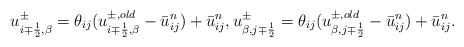
LaTeX: \begin{align*}u_{i\mp\frac{1}{2},\beta}^{\pm}=\theta_{ij}(u_{i\mp\frac{1}{2},\beta}^{\pm,old}-\bar{u}_{ij}^n)+\bar{u}_{ij}^n, u_{\beta,j\mp\frac{1}{2}}^{\pm}=\theta_{ij}(u_{\beta,j\mp\frac{1}{2}}^{\pm,old}-\bar{u}_{ij}^n)+\bar{u}_{ij}^n.\end{align*}